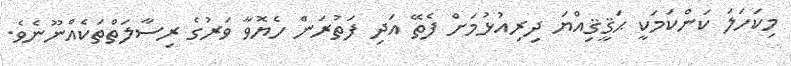
މިކަހަލަ ކަންކަމަކީ ޙަޤީޤިއްޔަ ދިރިއުޅުމަށް ފެތޭ އަދި ފަތުރަން ހެޔޮވާ ވަރުގެ ރިސާލަތްތަކެއްނޫނެވެ.